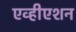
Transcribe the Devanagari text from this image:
एव्हीएशन